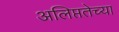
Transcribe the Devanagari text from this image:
अलिप्ततेच्या